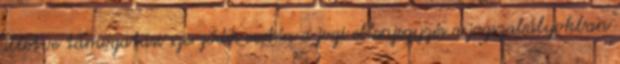
illetve támogatási szerződés esetén a jogi ellenjegyzés a jogszabályokban